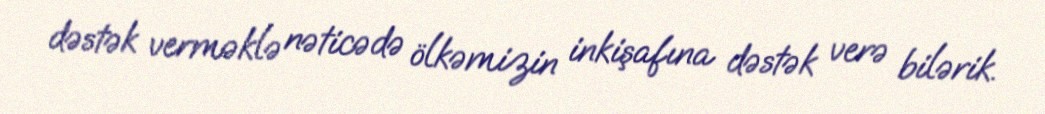
dəstək verməklə nəticədə ölkəmizin inkişafına dəstək verə bilərik.